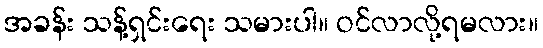
အခန်း သန့်ရှင်းရေး သမားပါ။ ဝင်လာလို့ရမလား။